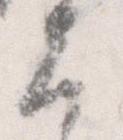
大